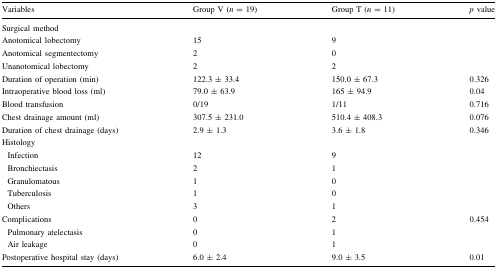
<table><thead><tr><td><b>Variables</b></td><td><b>Group V (<i>n</i> = 19)</b></td><td><b>Group T (<i>n</i> = 11)</b></td><td><b><i>p</i> value</b></td></tr></thead><tbody><tr><td>Surgical method</td><td></td><td></td><td></td></tr><tr><td>Anotomical lobectomy</td><td>15</td><td>9</td><td></td></tr><tr><td>Anotomical segmentectomy</td><td>2</td><td>0</td><td></td></tr><tr><td>Unanotomical lobectomy</td><td>2</td><td>2</td><td></td></tr><tr><td>Duration of operation (min)</td><td>122.3 ± 33.4</td><td>150.0 ± 67.3</td><td>0.326</td></tr><tr><td>Intraoperative blood loss (ml)</td><td>79.0 ± 63.9</td><td>165 ± 94.9</td><td>0.04</td></tr><tr><td>Blood transfusion</td><td>0/19</td><td>1/11</td><td>0.716</td></tr><tr><td>Chest drainage amount (ml)</td><td>307.5 ± 231.0</td><td>510.4 ± 408.3</td><td>0.076</td></tr><tr><td>Duration of chest drainage (days)</td><td>2.9 ± 1.3</td><td>3.6 ± 1.8</td><td>0.346</td></tr><tr><td>Histology</td><td></td><td></td><td></td></tr><tr><td> Infection</td><td>12</td><td>9</td><td></td></tr><tr><td> Bronchiectasis</td><td>2</td><td>1</td><td></td></tr><tr><td> Granulomatous</td><td>1</td><td>0</td><td></td></tr><tr><td> Tuberculosis</td><td>1</td><td>0</td><td></td></tr><tr><td> Others</td><td>3</td><td>1</td><td></td></tr><tr><td>Complications</td><td>0</td><td>2</td><td>0.454</td></tr><tr><td> Pulmonary atelectasis</td><td>0</td><td>1</td><td></td></tr><tr><td> Air leakage</td><td>0</td><td>1</td><td></td></tr><tr><td>Postoperative hospital stay (days)</td><td>6.0 ± 2.4</td><td>9.0 ± 3.5</td><td>0.01</td></tr></tbody></table>